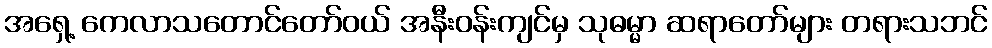
အရှေ့ ကေလာသတောင်တော်ဝယ် အနီးဝန်းကျင်မှ သုဓမ္မာ ဆရာတော်များ တရားသဘင်